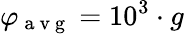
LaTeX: \varphi_{\mathrm{~a~v~g~}}=10^{3}\cdot g